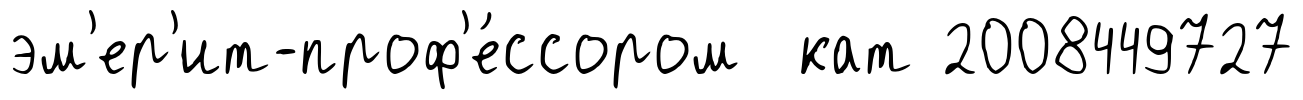
эм'ер'ит-проф'е́ссором кат 2008449727